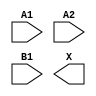
module sky130_fd_sc_hs__o21a (
    //# {{data|Data Signals}}
    input  A1,
    input  A2,
    input  B1,
    output X
);

    // Voltage supply signals
    supply1 VPWR;
    supply0 VGND;

endmodule